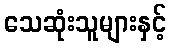
သေဆုံးသူများနှင့်